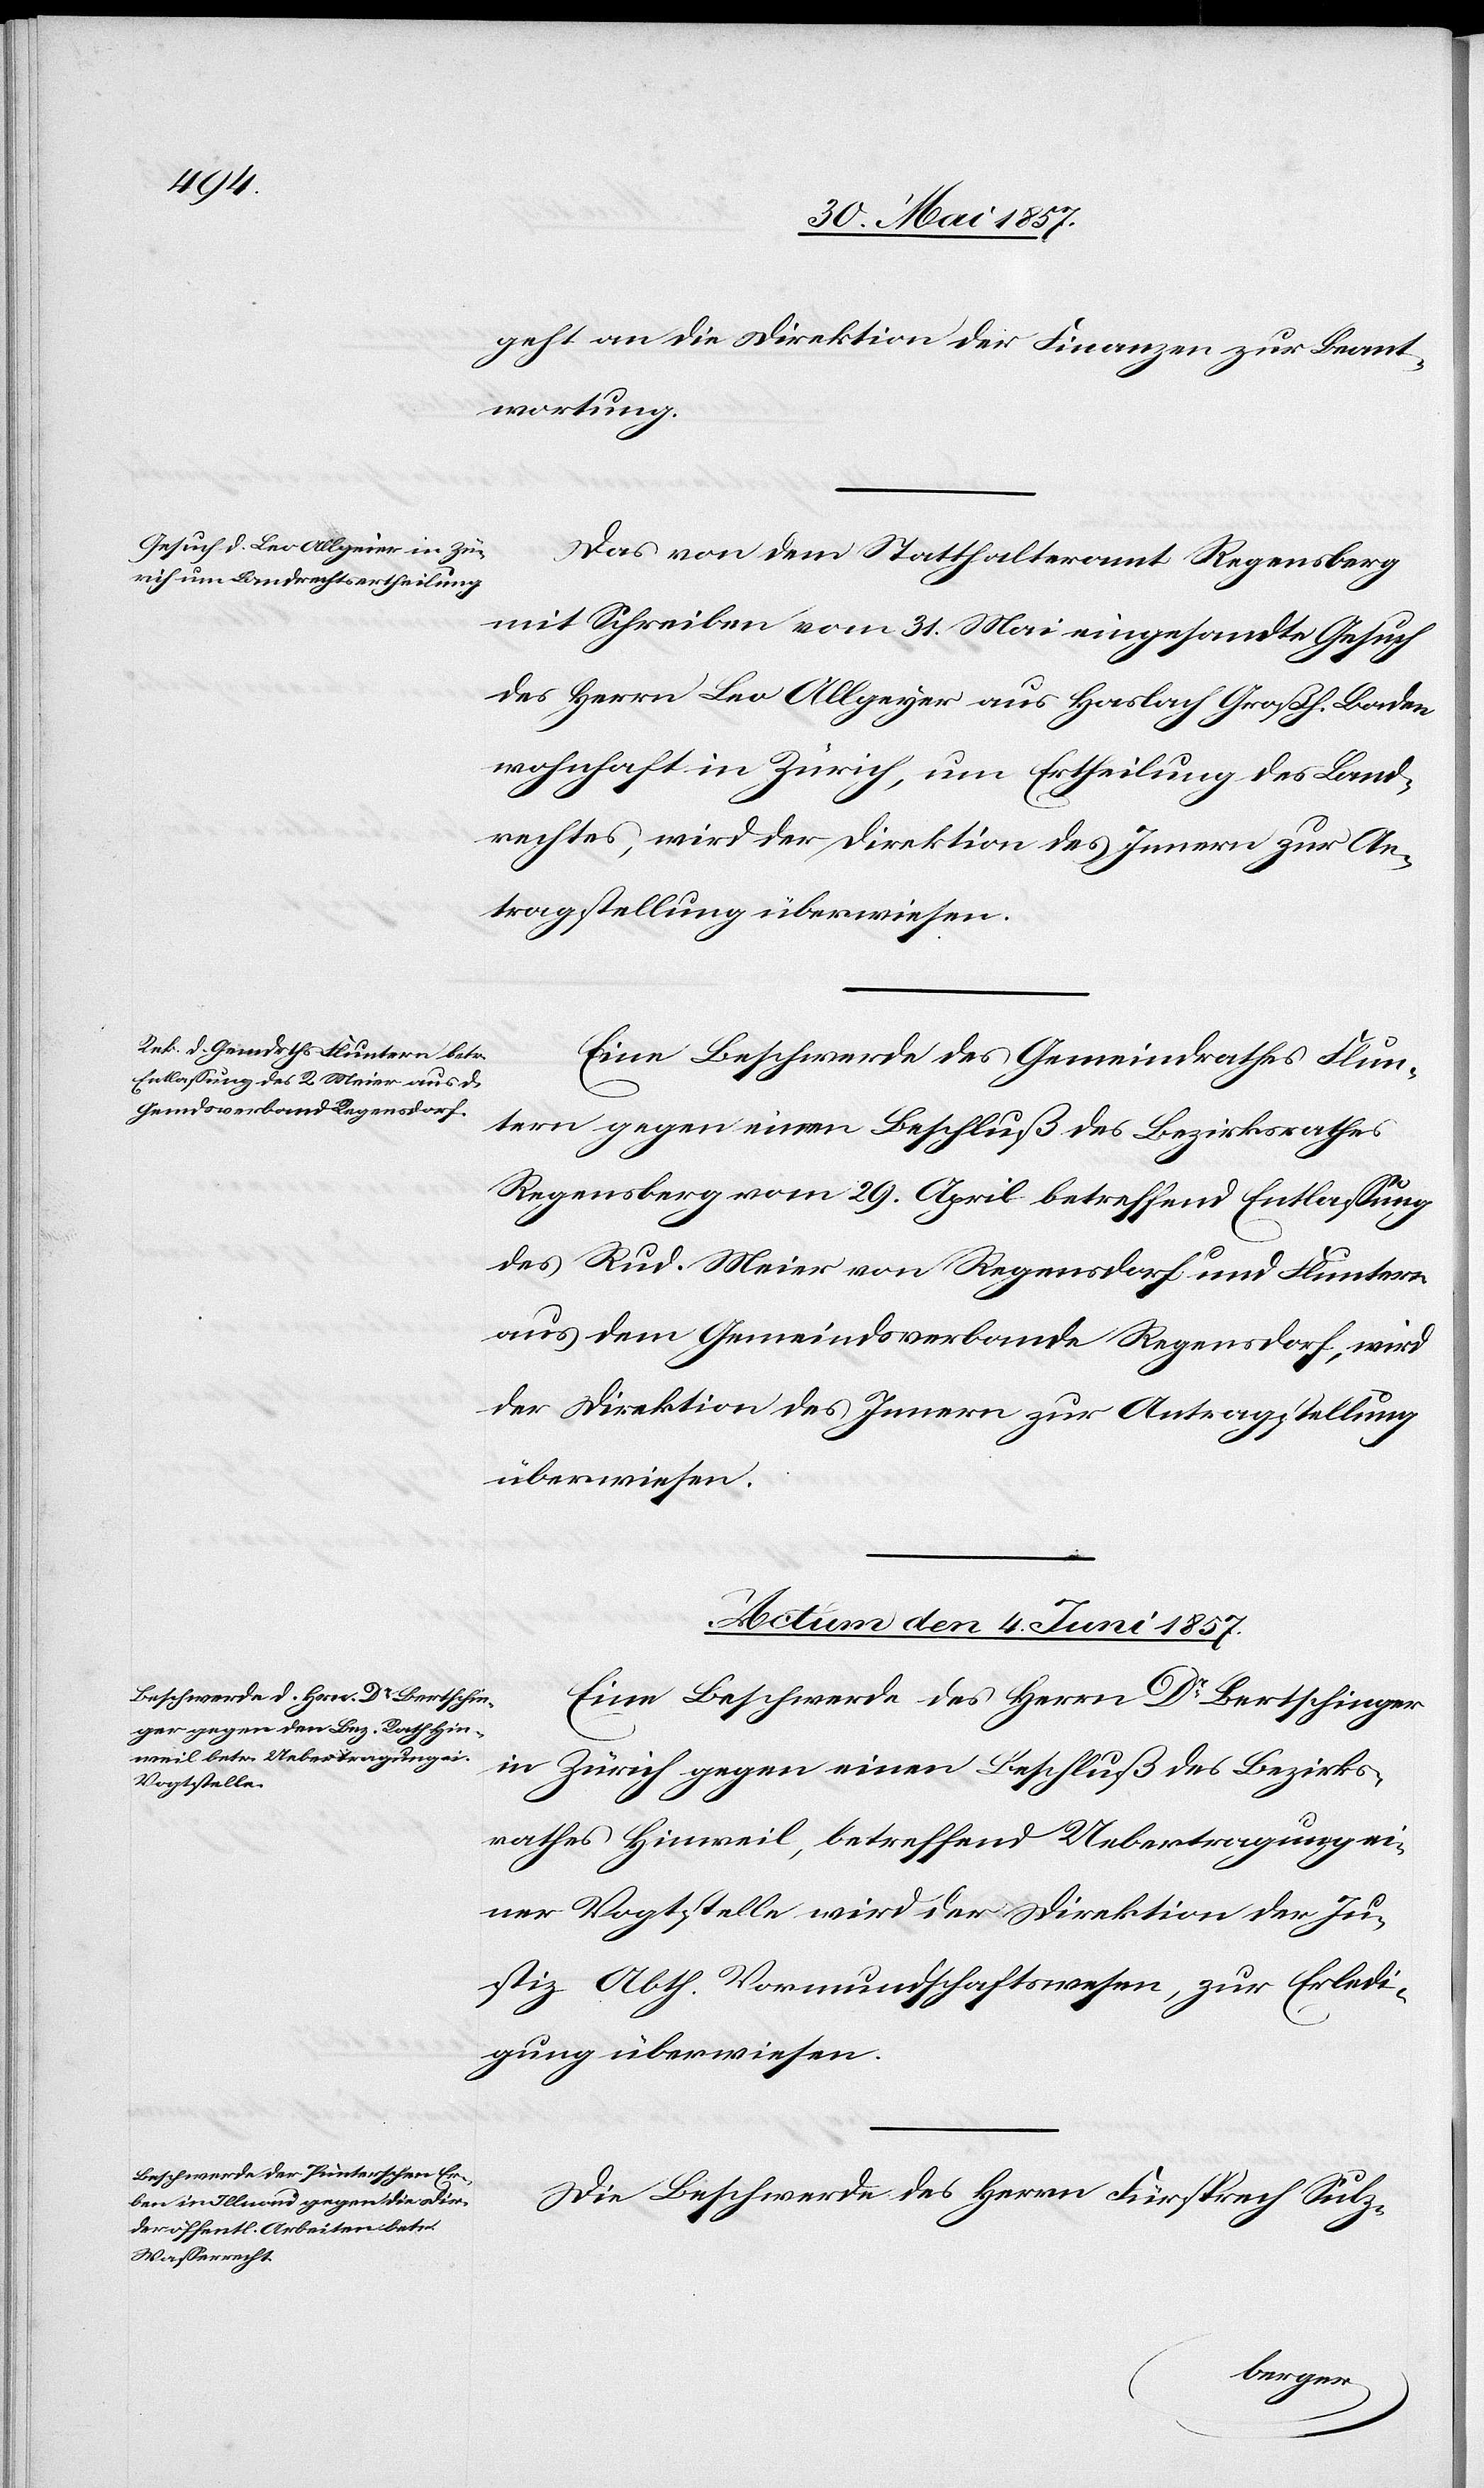
geht an die Direktion der Finanzen zur Beant¬
wortung.
Das von dem Statthalteramte Regensberg
mit Schreiben vom 31 Mai eingesandte Gesuch
des Herrn Leo Allgeyer aus Haslach Großh. Baden
wohnhaft in Zürich, um Ertheilung des Land¬
rechtes, wird der Direktion des Innern zur An¬
tragstellung überwiesen.
Eine Beschwerde des Gemeindrathes Flun¬
tern gegen einen Beschluß des Bezirksrathes
Regensberg vom 29 April betreffend Entlassung
des Rud. Meier von Regensdorf und Fluntern
aus dem Gemeindsverbande Regensdorf, wird
der Direktion des Innern zur Antragstellung
überwiesen.
Actum den 4 Juni 1857.]
Eine Beschwerde des Herrn Dr Bertschinger
in Zürich gegen einen Beschluß des Bezirks¬
rathes Hinweil, betreffend Uebertragung ei¬
ner Vogtstelle wird der Direktion der Ju¬
stiz Abth. Vormundschaftswesen, zur Erledi¬
gung überwiesen.
Die Beschwerde des Herrn Fürsprech Sulz-